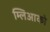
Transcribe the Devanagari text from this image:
म्लिआको